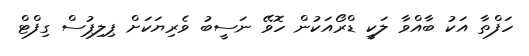
ހަފްތާ އަކު ބާއްވާ ލަކީ ޑްރޯއަކުން ހޮވޭ ނަސީބު ވެރިޔަކަށް ޕިލިޕުސް ގިފްޓް